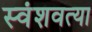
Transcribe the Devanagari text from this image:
स्वंशवत्या